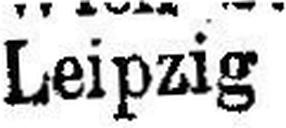
Leipzig